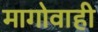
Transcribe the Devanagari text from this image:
मागोवाही